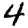
Digit: 4